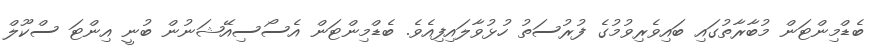
ބެޑްމިންޓަން މުބާރާތުގައި ބައިވެރިވުމުގެ ފުރުސަތު ހުޅުވާލައިފިއެވެ. ބެޑްމިންޓަން އެސޯސިއޭޝަނުން ބުނީ އިންޓަ ސްކޫލް